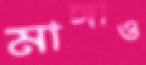
মাঙ্গাও